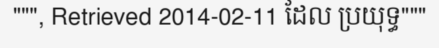
""", Retrieved 2014-02-11 ដែល ប្រយុទ្ធ"""